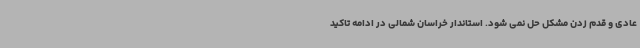
عادی و قدم زدن مشکل حل نمی شود. استاندار خراسان شمالی در ادامه تاکید